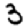
Digit: 3